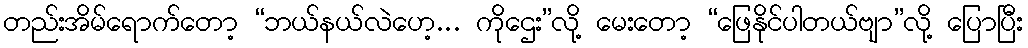
တည်းအိမ်ရောက်တော့ “ဘယ်နယ်လဲဟေ့... ကိုဌေး”လို့ မေးတော့ “ဖြေနိုင်ပါတယ်ဗျာ”လို့ ပြောပြီး